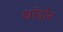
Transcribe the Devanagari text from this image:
थॉडोर